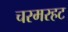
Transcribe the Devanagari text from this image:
चरमरहट